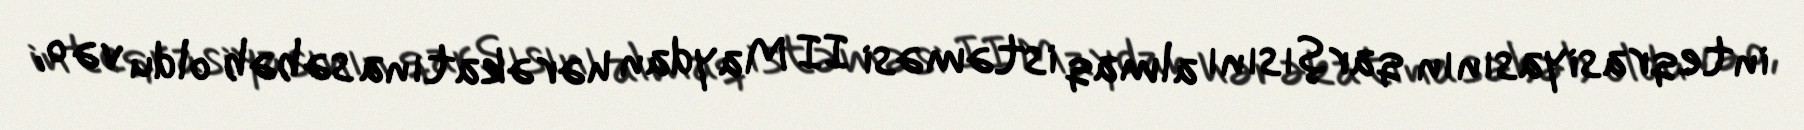
inteqrasiyasının qarşısını almaq istəməsi II Maydan hərəkatına səbəb oldu və o,